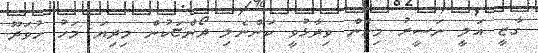
ގާޒީ އަލީ ނަސީރު މިހެން ވިދާޅުވީ ކަންނެލި ދޯންޏަކުން މިދިޔަ މަހު ހުވަދޫ